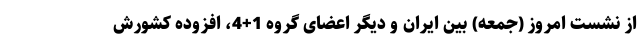
از نشست امروز (جمعه) بین ایران و دیگر اعضای گروه 1+4، افزوده کشورش